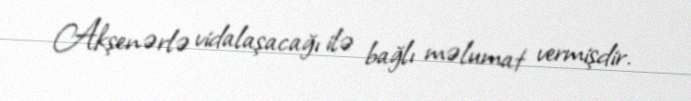
Akşenərlə vidalaşacağı ilə bağlı məlumat vermişdir.